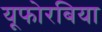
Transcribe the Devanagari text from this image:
यूफोरबिया